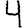
Digit: 4